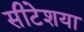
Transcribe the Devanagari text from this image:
सीटेशया